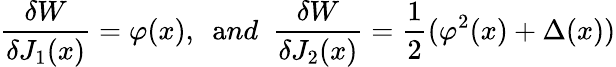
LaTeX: \frac{\delta W}{\delta J_{1}(x)}=\varphi(x),~~{\mathrm{a}nd}~~\frac{\delta W}{\delta J_{2}(x)}=\frac{1}{2}(\varphi^{2}(x)+\Delta(x))